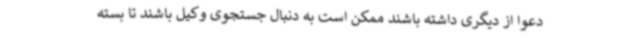
دعوا از دیگری داشته باشند ممکن است به دنبال جستجوی وکیل باشند تا بسته